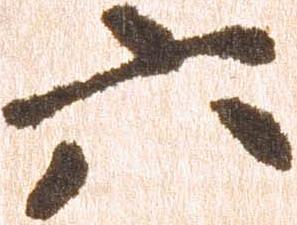
六